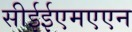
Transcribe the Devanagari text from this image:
सीईईएमएएन